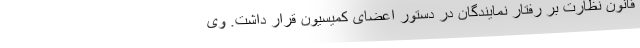
قانون نظارت بر رفتار نمایندگان در دستور اعضای کمیسیون قرار داشت. وی